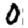
Digit: 0